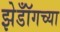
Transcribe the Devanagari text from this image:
झेडॉँगच्या